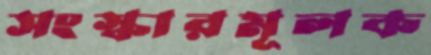
সংস্কারমূলক